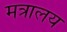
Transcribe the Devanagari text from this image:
मत्रालय